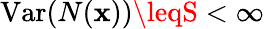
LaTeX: \operatorname{Var}(N(\mathbf{x}))\leqS<\infty